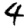
Digit: 4